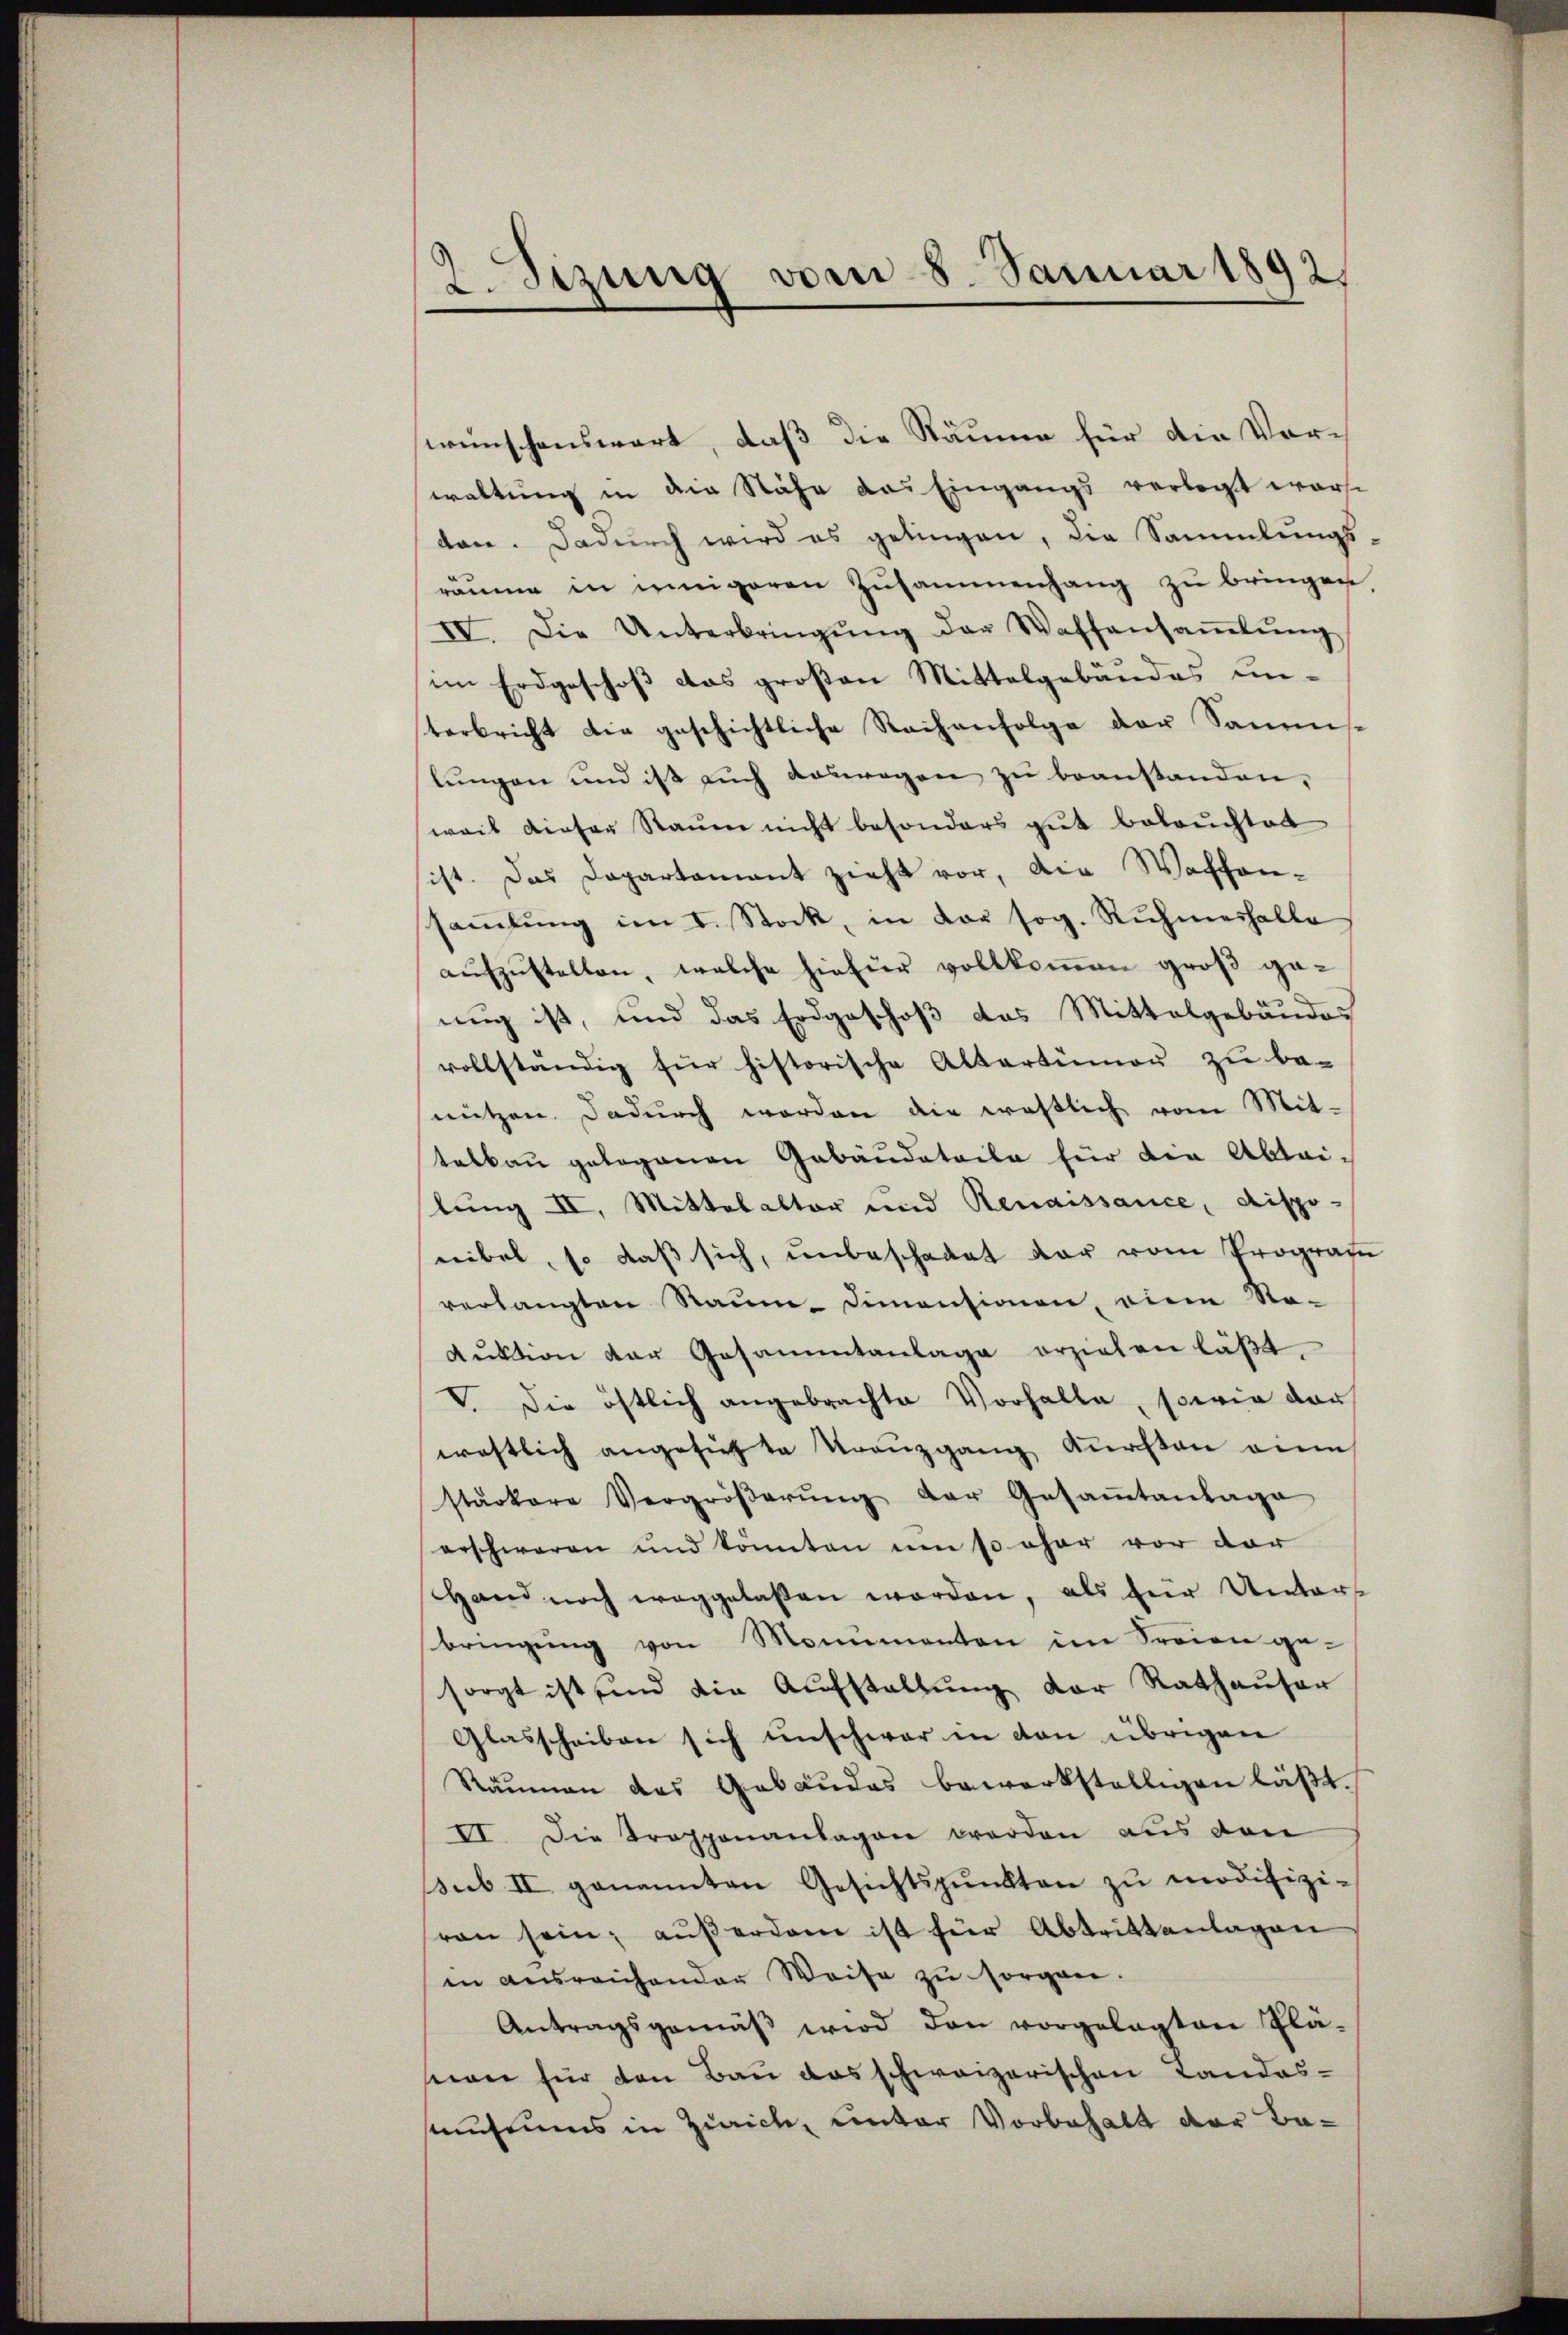
E Szung vom 8. Januar 1892

wünschenswart, daß die Räume für die Vorwaltung in die Nähe das Eingangs verlegt warst
ton. Dadurch wird es gelingen, die Sammlungs-
räume in innigeren Zusammenhang zu bringen.
IV. Die Unterbringŭng der Waffansaṁlŭng
im Erdgeschoß das großen Mittelgebäudes unterbricht die geschichtliche Rachenfolge der Saumis-
lungen und ist auch auswegen zu beanstanden,
weil dieser Staŭm nicht besonders gut beleŭchtet
ist. Das Departament zieht vor, die Waffensaṁlŭng im I. Stock, in der sog. Ruhmeshalte
aŭfzŭstellen, welche hiefür vollkommen groß genug ist, und das Erdgeschoß das Mittelgebäudes
vollständig für historische Altertümer zu be-
nützen. Dadurch worden die westlich vom Mit-
telbau gelegenen Gebäudataile für die Abtai-
lung II. Mittelalter und Renaissance, dispo-
nibel, so daß sich, unbeschadet der vom Prografie
verlangten Raum- Dimensionen, die So-
dŭktion der Gesammtanlage erziehen läβt.
V. Die östlich angebrachte Vorhalte, sowie dar
westlich angesichte Kreuzgang Kursten eine
stärkere Vergröβerŭng der Gesaṁtantage
erschwaren und könnten um so eher vor der
and noch weggelaßen worden, als für Unterbringung von Monumenten im Freien ge-
sorgt ist sind die Aŭfstallŭng der Rathaŭser
Glasscheiben sich unschwer in von übrigen
Räumen das Gebäudes bewerkstelligen läßt.
VI. Die Trapponanlagen werden aus den
sub II genannten Gesichtspunkten zŭ modifizi-
ran sein; außerdam ist für Abtrittenlagen
in ausreichender Weise zŭ sorgen.
Antragsgemäβ wird den vorgelegten Plä-
eee für den Bau das schweizerischen Landas-
sutiums in Zürich, unter Vorbehalt der Be¬